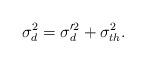
LaTeX: \begin{align*}\sigma_d^2 = \sigma'^2_d + \sigma_{th}^2.\end{align*}